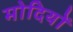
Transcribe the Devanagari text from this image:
मोदियों